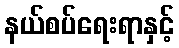
နယ်စပ်ရေးရာနှင့်